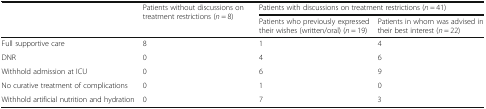
<table><thead><tr><td rowspan="2"></td><td rowspan="2"><b>Patients without discussions on treatment restrictions (<i>n</i> = 8)</b></td><td colspan="2"><b>Patients with discussions on treatment restrictions (<i>n</i> = 41)</b></td></tr><tr><td><b>Patients who previously expressed their wishes (written/oral) (<i>n</i> = 19)</b></td><td><b>Patients in whom was advised in their best interest (<i>n</i> = 22)</b></td></tr></thead><tbody><tr><td>Full supportive care</td><td>8</td><td>1</td><td>4</td></tr><tr><td>DNR</td><td>0</td><td>4</td><td>6</td></tr><tr><td>Withhold admission at ICU</td><td>0</td><td>6</td><td>9</td></tr><tr><td>No curative treatment of complications</td><td>0</td><td>1</td><td>0</td></tr><tr><td>Withhold artificial nutrition and hydration</td><td>0</td><td>7</td><td>3</td></tr></tbody></table>